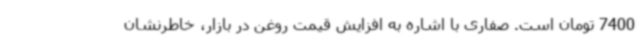
7400 تومان است. صفاری با اشاره به افزایش قیمت روغن در بازار، خاطرنشان